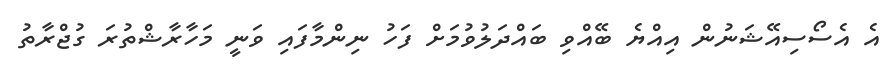
އެ އެސޯސިއޭޝަނުން އިއްޔެ ބޭއްވި ބައްދަލުވުމަށް ފަހު ނިންމާފައި ވަނީ މަހާރާޝްތުރަ ގުޖްރާތު